Annual administration report of the Civil Veterinary Department of India - 1893-1894
Year: 1893
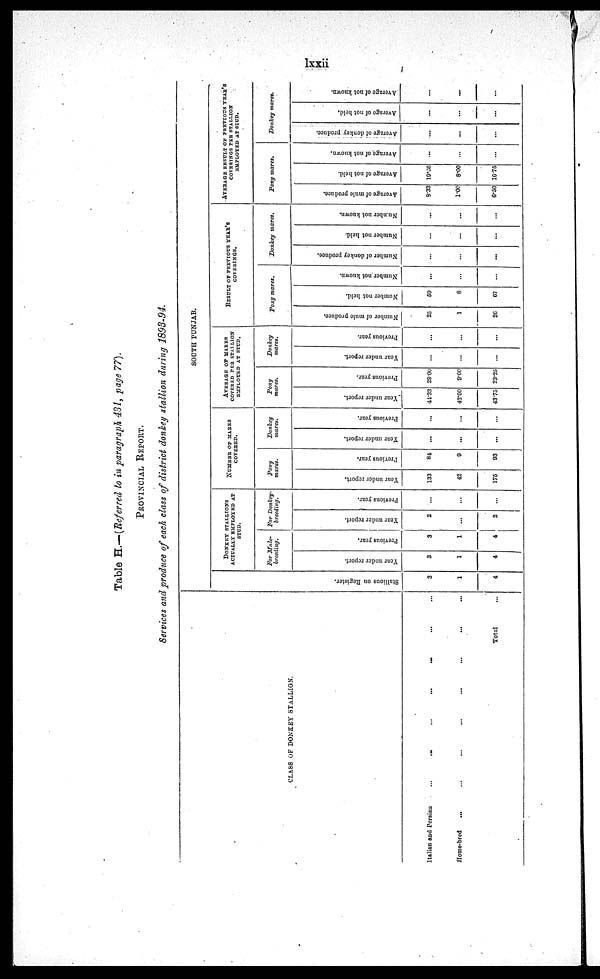
lxxii
Table H.—(Referred to in paragraph 431, page 77).
PROVINCIAL REPORT.
Services and produce of each class of district donkey stallion daring 1893-94.
CLASS OF DONKEY STALLION.
Italian and
Persiau
...
...
...
...
...
Homo-bred ... ... ... ... ... ... ... ...
Total ...
SOUTH PUNJAB.
St al l
i
ons on Regi s t
er .
3
1
4
DONKEY STALLIONS
ACTUALLY EMPLOYED AT
STUD.
For Mule-
breeding.
Year under report.
3
1
4
Previous year.
3
1
4
For Donkey-
breeding.
Year under report.
2
...
2
Previous year.
...
...
...
NUMBER OF MARES
COVERED.
Pony
mares.
Year under report.
133
42
175
Previous year.
81
9
93
Donkey
mares.
Year under report.
...
...
...
Previous year.
...
...
...
AVERAGE OF MARES
COVERED PER STALLION
EMPLOYED AT STUD.
Pony
mares.
Year under report.
44.33
42.00
43.75
Previous year.
28.00
9.00
23.25
Donkey
mares.
Year under report.
...
...
...
Previous year.
...
...
...
RESULT OF PREVIOUS YEAR'S
COVERINGS.
Pony mares.
Number of mule produce.
25
1
26
Number not held.
59
8
67
Number not known.
...
...
...
Donkey
mares.
Number of donkey produce.
...
...
...
Number not held.
...
...
...
Number
not known.
...
...
...
AVERAGE RESULT OF PREVIOUS YEAR'S
COVERINGS PER STALLION
EMPLOYED AT STUD.
Pony mares.
Average of mule produce.
8.33
1.00
6.50
Average of not held.
19.66
8.00
16.75
Average of not known.
...
...
...
Donkey mares.
Average of donkey produce.
...
...
...
Average of not held.
...
...
...
Average of not known.
...
...
...